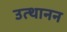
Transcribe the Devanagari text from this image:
उत्थानन